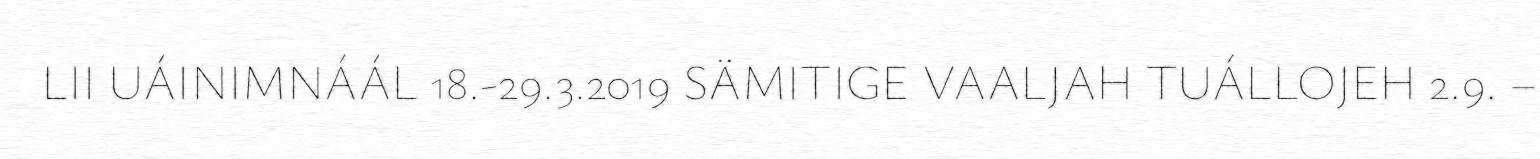
LII UÁINIMNÁÁL 18.-29.3.2019 SÄMITIGE VAALJAH TUÁLLOJEH 2.9. –